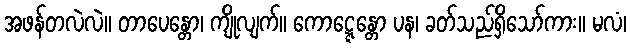
အဖန်တလဲလဲ။ တာပေန္တော၊ ကျိုလျက်။ ကောဋ္ဋေန္တော ပန၊ ခတ်သည်ရှိသော်ကား။ မလံ၊